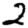
Digit: 2